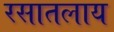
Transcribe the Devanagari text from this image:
रसातलाय